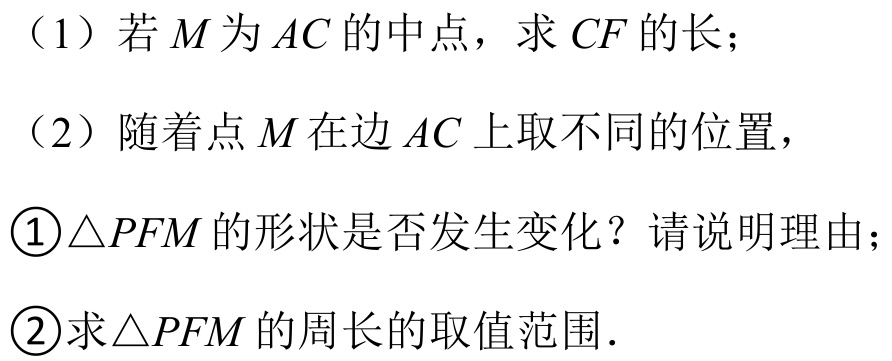
（1）若\(M\)为\(AC\)的中点，求\(CF\)的长；
（2）随着点\(M\)在边\(AC\)上取不同的位置，
\textcircled{1}\(\triangle PFM\)的形状是否发生变化？请说明理由；
\textcircled{2}求\(\triangle PFM\)的周长的取值范围.